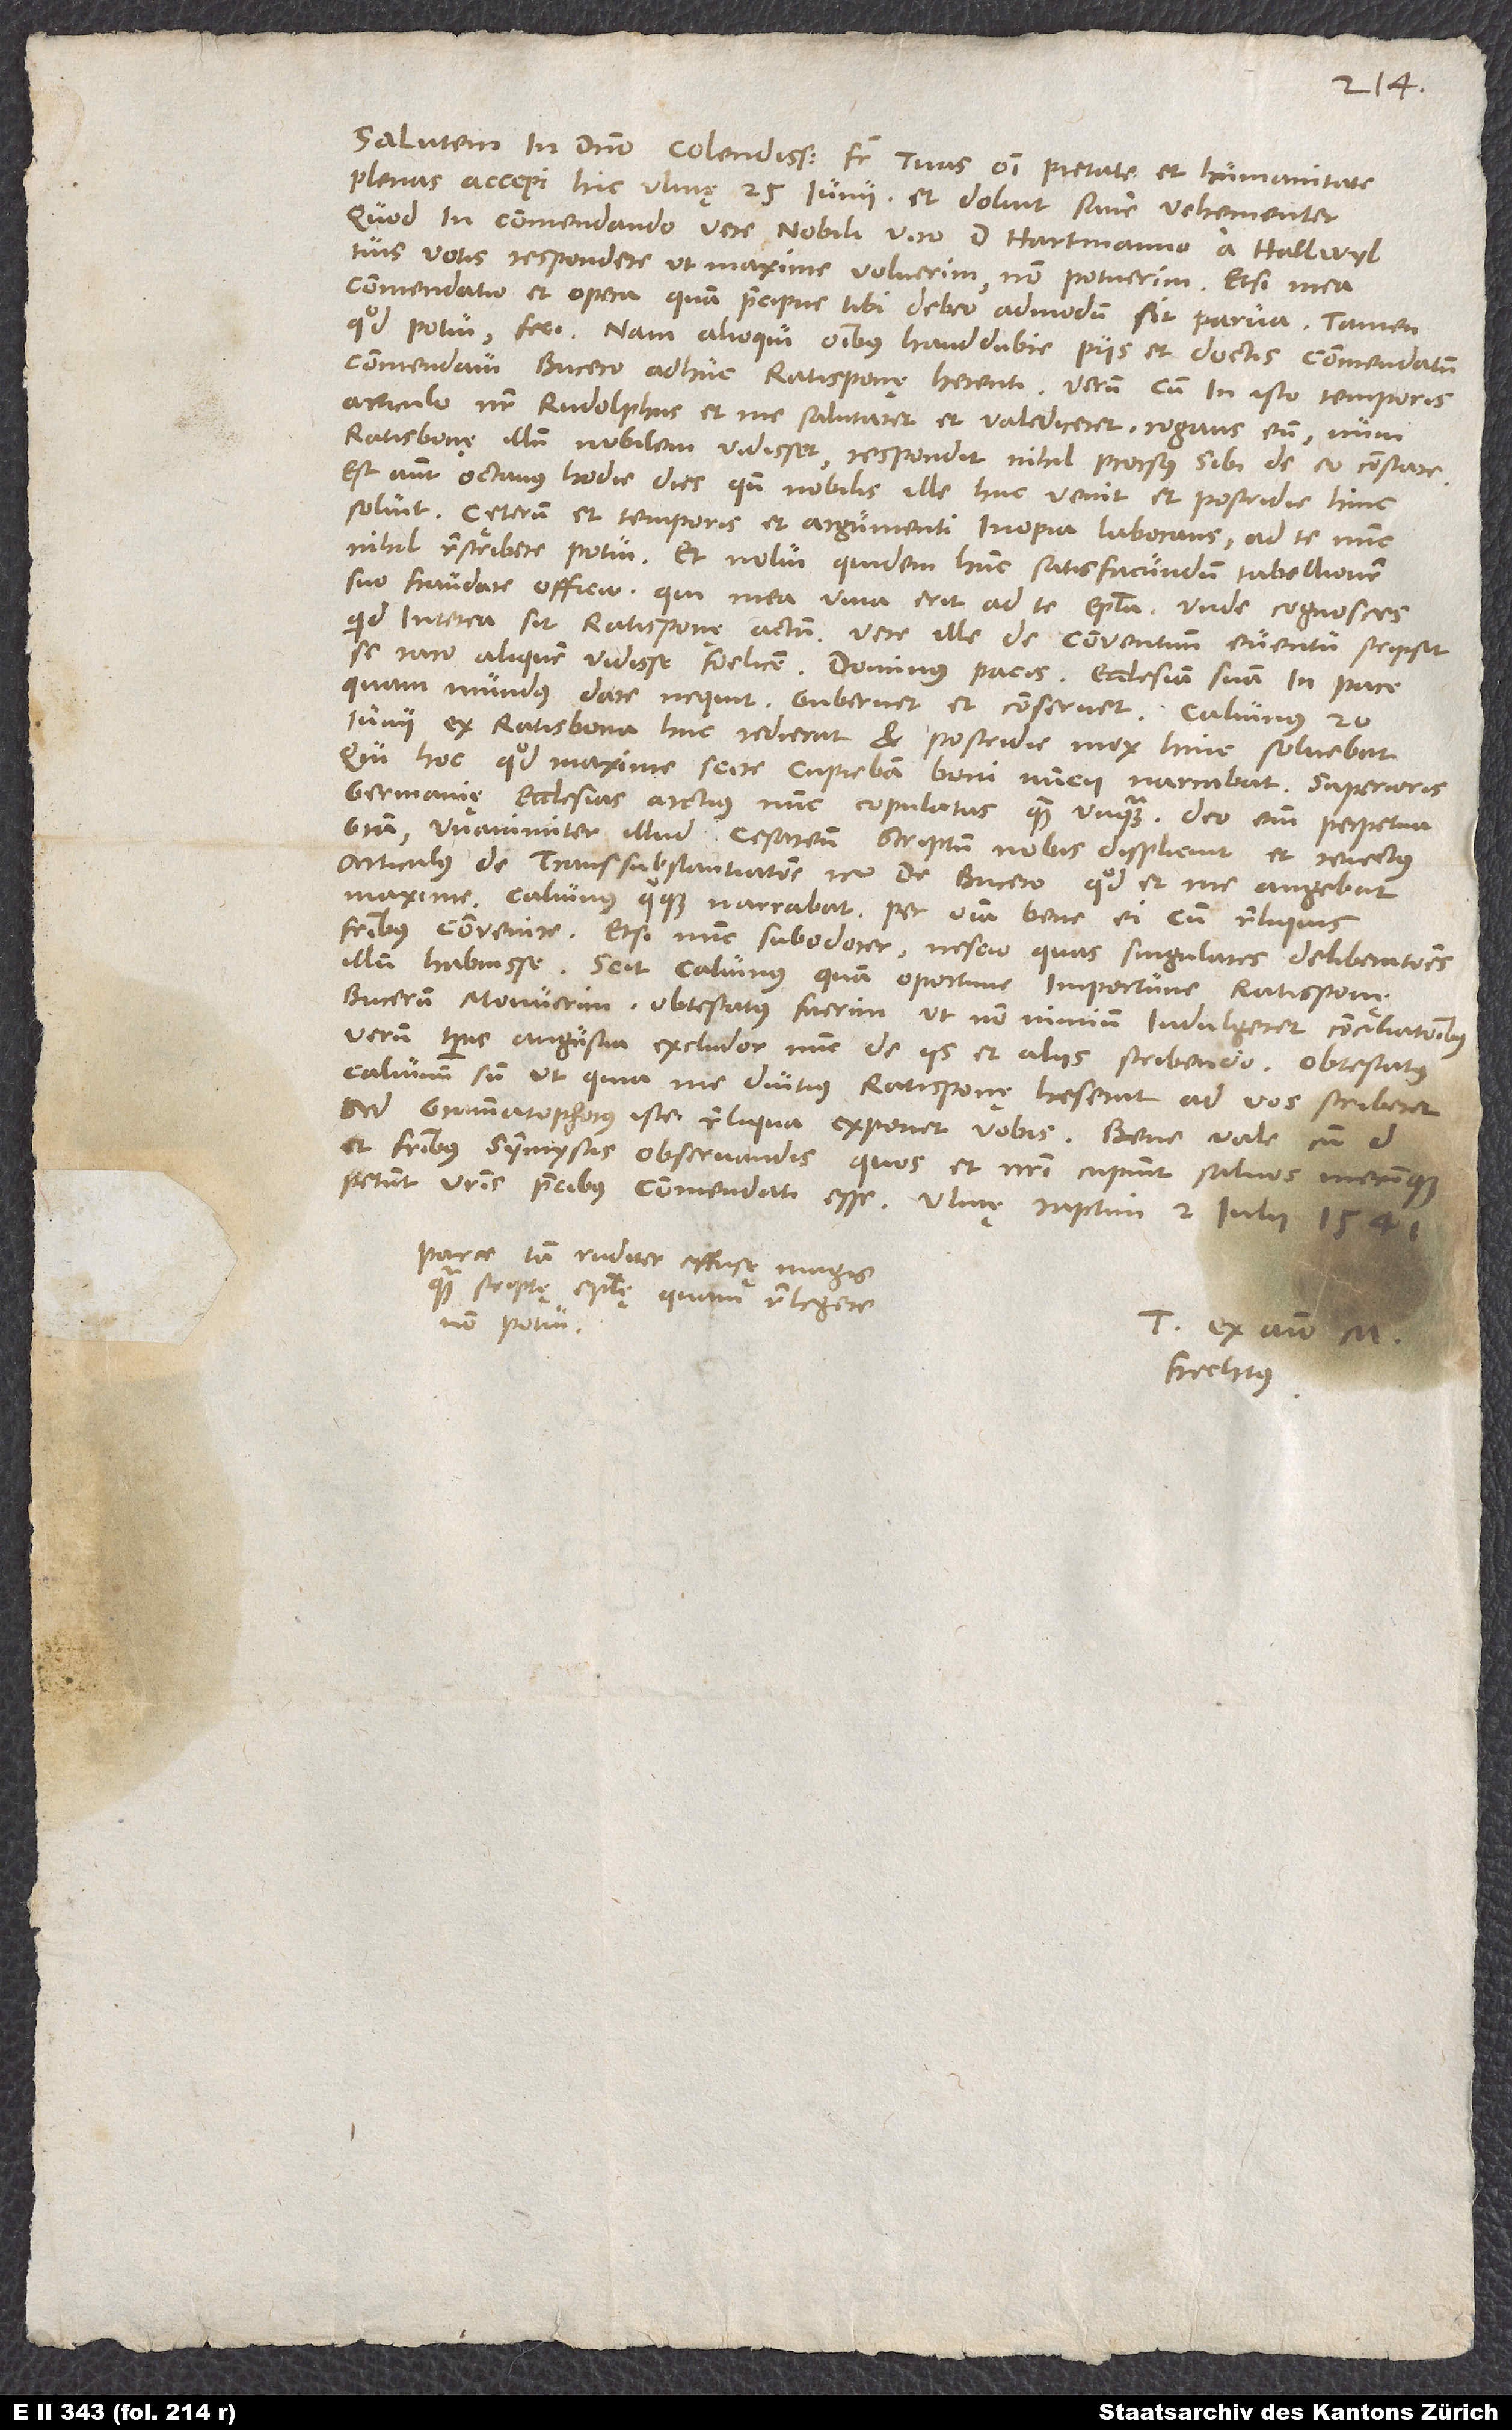
Salutem in domino. Colendissime frater, tuas omni pietate et humanitate
plenas accepi hic Ulmę 25. iunii, et doluit sane vehementer,
quod in commendando vere nobili viro d. Hartmanno a Hallwyl
tuis votis respondere, ut maxime voluerim, non potuerim, etsi mea
commendatio et opera, quam praecipue tibi debeo, admodum sit parva. Tamen,
quod potui, feci; nam alioqui omnibus haud dubie piis et doctis commendatum
commendavi Bucero adhuc Ratisponę herenti. Verum cum in isto temporis
articulo noster Rudolphus et me salutaret et valediceret, rogans eum, num
Ratisbonę illum nobilem vidisset, respondit nihil prorsus sibi de eo constare.
Est autem octavus hodie dies, quando nobilis ille huc venit et postridie hinc
solvit. Ceterum et temporis et argumenti inopia laborans ad te nunc
nihil rescribere potui et nolui quidem hunc satis facundum tabellionem
suo fraudere officio, qui mea viva erit ad te epistola, unde cognosces,
quid interea sit Ratisponę actum. Vere ille de conventuum eventu scripsit
se raro aliquem vidisse foelicem. Dominus pacis ecclesiam suam in pace,
quam mundus dare nequit, gubernet et conservet. Calvinus 20.
iunii ex Ratisbona huc redierat et postridie mox hinc solvebat.
Qui hoc, quod maxime scire cupiebam, boni nuncii narrabat Superioris
Germanię ecclesias arctius nunc copulatas quam unquam; dei enim perpetua
gratia unanimiter illud cesareum scriptum nobis displicuit et reiectus
articulus de transsubstantiatione etc. De Bucero, quod et me angebat
maxime, Calvinus quoque narrabat per omnia bene ei cum reliquis
fratribus convenire, etsi nunc subodorer nescio quas singulares deliberationes
illum habuisse. Scit Calvinus, quam oportune importune Ratisponę
Bucerum monuerim, obtestatus fuerim, ut non nimium indulgeret conciliationibus.
Verum temporis angustia excludor nunc de iis et aliis scribendo. Obtestatus
Calvinum sum, ut, quia me diutius Ratisponę heserat, ad vos scriberet.
Sed grammatophorus iste reliqua exponet vobis. Bene vale
et fratribus symmystis observandis, quos et nostri cupiunt salvos mecumque
petunt vestris precibus commendati esse. Ulmę, raptim, 2. iulii
Parce tam ruditer effusę magis
quam scriptę epistolę, quam relegere
non potui.
Tuus ex animo M.
Frechtus.